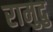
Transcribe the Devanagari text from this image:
रामुदु